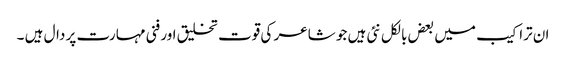
ان تراکیب میں بعض بالکل نئی ہیں جو شاعر کی قوت تخلیق اور فنی مہارت پر دال ہیں ۔